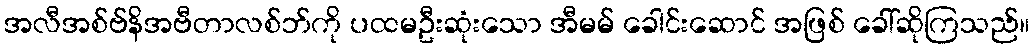
အလီအစ်ဗ်နိအဗီတာလစ်ဘ်ကို ပထမဦးဆုံးသော အီမမ် ခေါင်းဆောင် အဖြစ် ခေါ်ဆိုကြသည်။